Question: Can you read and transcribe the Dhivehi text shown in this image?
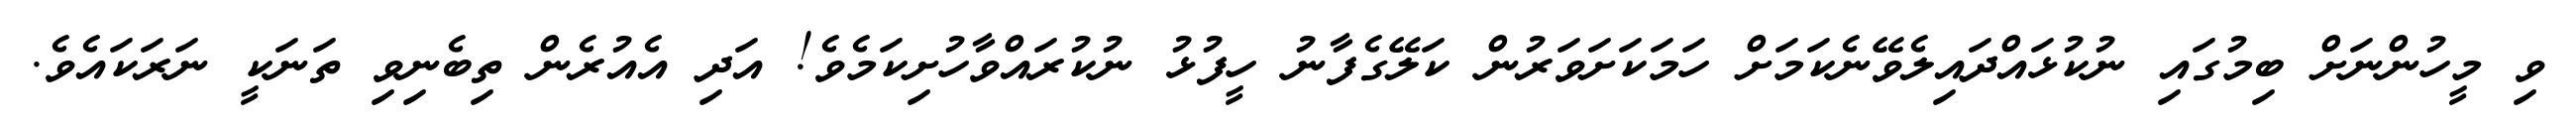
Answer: ވި މީހުންނަށް ބިމުގައި ނުކުޅައްދައިލެވޭނެކަމަށް ހަމަކަށަވަރުން ކަލޭގެފާނު ހީފުޅު ނުކުރައްވާހުށިކަމެވެ! އަދި އެއުރެން ތިބެނިވި ތަނަކީ ނަރަކައެވެ.